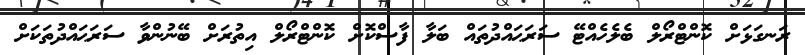
ރަނގަޅަށް ކޮންޓްރޯލް ބެލެހެއްޓޭ ސަރަޙައްދުތައް ބަލާ ފާސްކޮށް ކޮންޓްރޯލް އިތުރަށް ބޭނުންވާ ސަރަޙައްދުތަކަށް